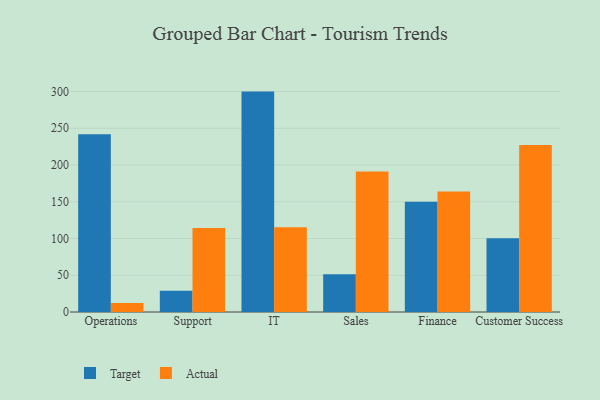
{"axis": {"x": "Department", "y": "Conversion Rate (%)"}, "legend": ["Actual", "Target"], "data": [{"x": "Operations", "y": 241.9, "type": "Target"}, {"x": "Operations", "y": 12.1, "type": "Actual"}, {"x": "Support", "y": 28.9, "type": "Target"}, {"x": "Support", "y": 114.2, "type": "Actual"}, {"x": "IT", "y": 299.9, "type": "Target"}, {"x": "IT", "y": 115.3, "type": "Actual"}, {"x": "Sales", "y": 51.4, "type": "Target"}, {"x": "Sales", "y": 191.2, "type": "Actual"}, {"x": "Finance", "y": 149.9, "type": "Target"}, {"x": "Finance", "y": 164.1, "type": "Actual"}, {"x": "Customer Success", "y": 100.5, "type": "Target"}, {"x": "Customer Success", "y": 227.2, "type": "Actual"}]}